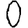
Digit: 0